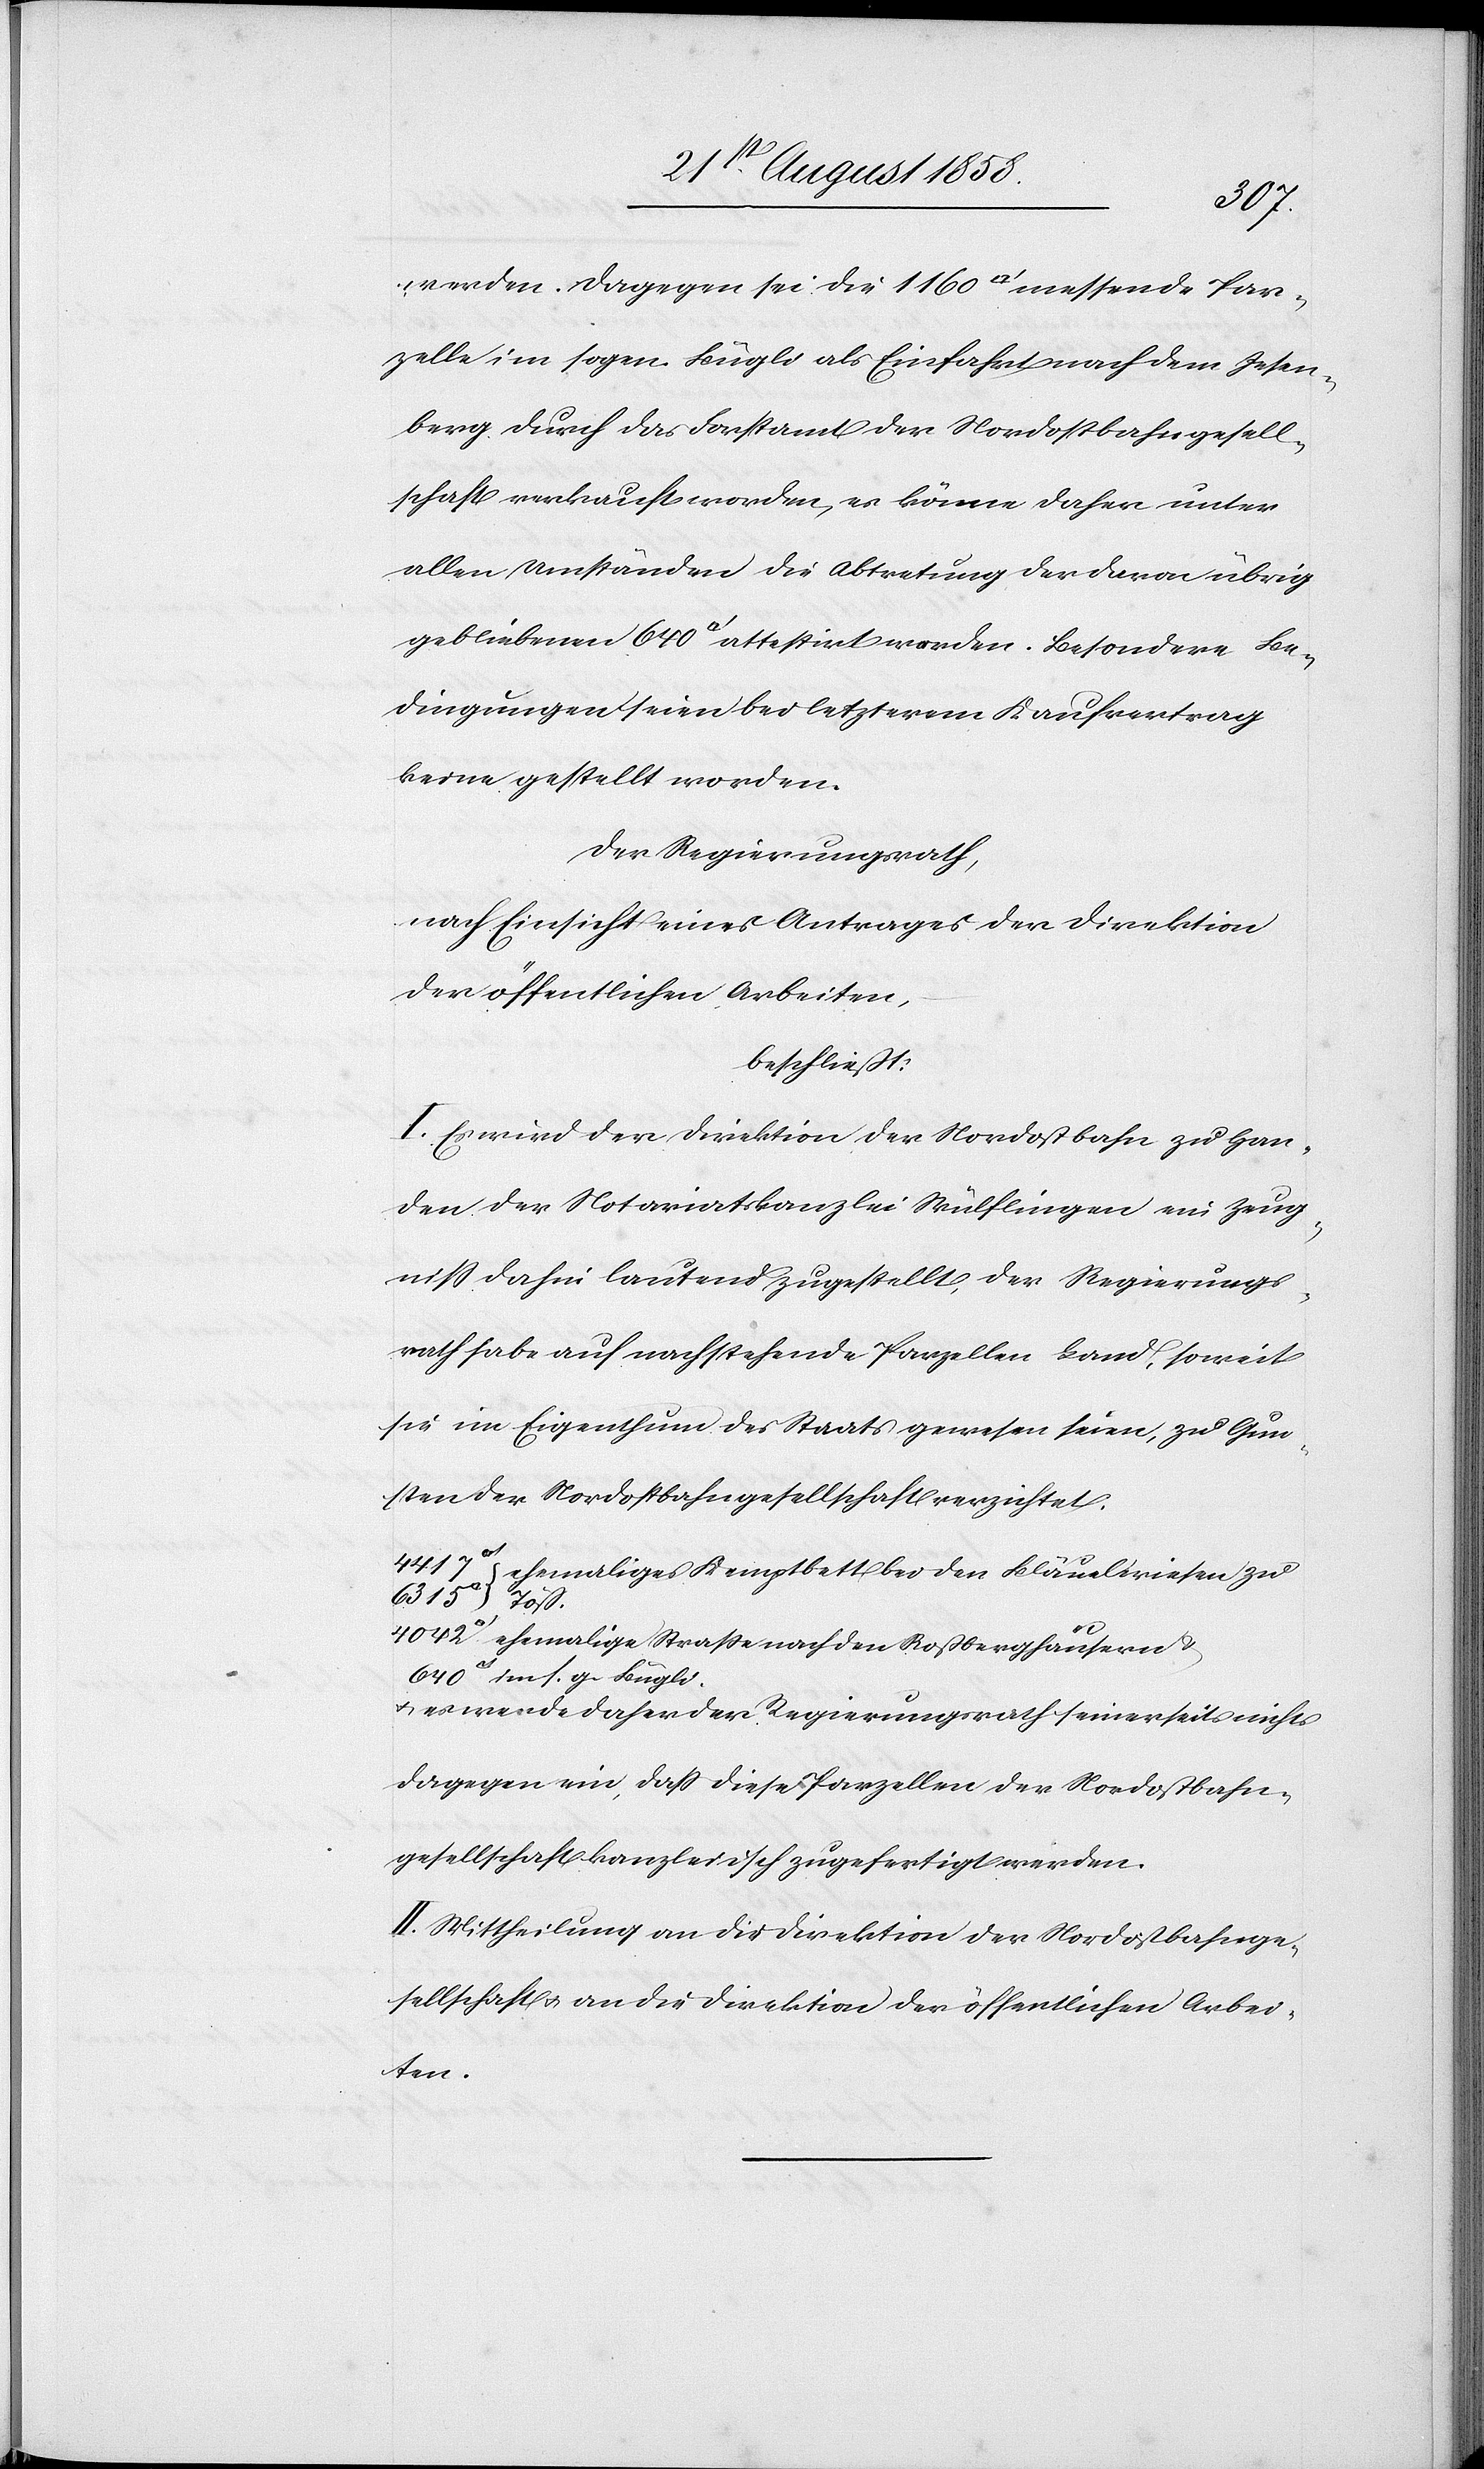
werden. Dagegen sei die 1160 [Quadratfuss] messende Par¬
zelle im sogen. Bügli als Einfahrt nach dem [?Z]esen¬
berg durch das Forstamt der Nordostbahngesell¬
schaft verkauft worden, es könne daher unter
allen Umständen die Abtretung der davon übrig
gebliebenen 640 [Quadratfuss] attestirt werden. Besondere Be¬
dingungen seien bei letzterem Kaufvertrag
keine gestellt worden.
Der Regierungsrath,
nach Einsicht eines Antrages der Direktion
der öffentlichen Arbeiten,
beschließt:
I. Es wird der Direktion der Nordostbahn zu Han¬
den der Notariatskanzlei Wülflingen ein Zeug¬
niss dahin lautend zugestellt, der Regierungs¬
rath habe auf nachstehende Parzellen Land, soweit
sie im Eigenthum des Staats gewesen seien, zu Gun¬
sten der Nordostbahngesellschaft verzichtet:
4417
ehemaliges Kemptbett bei den Bläuelwiesen zu
ehemalige Strasse nach den Roßberghäusern &
im s. g. Bügli.
& es wende daher der Regierungsrath seinerseits nichts
dagegen ein, dass diese Parzellen der Nordostbahn¬
gesellschaft kanzleiisch zugefertigt werden.
II Mittheilung an die Direktion der Nordostbahnge¬
sellschaft & an die Direktion der öffentlichen Arbei¬
ten.